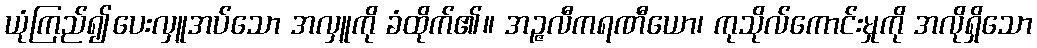
ယုံကြည်၍ပေးလှူအပ်သော အလှူကို ခံထိုက်၏။ အဉ္ဇလီကရဏီယော၊ ကုသိုလ်ကောင်းမှုကို အလိုရှိသော